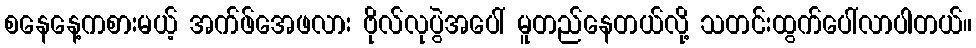
စနေနေ့ကစားမယ့် အက်ဖ်အေဖလား ဗိုလ်လုပွဲအပေါ် မူတည်နေတယ်လို့ သတင်းထွက်ပေါ်လာပါတယ်။